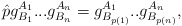
\begin{align*}\hat{p} g^{A_1}_{B_1}... g^{A_n}_{B_n}=g^{A_1}_{B_{p(1)}}..g^{A_n}_{B_{p(n)}},\end{align*}